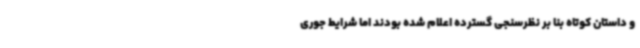
و داستان کوتاه بنا بر نظرسنجی گسترده اعلام شده بودند اما شرایط جوری